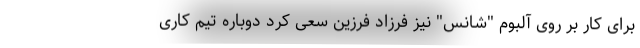
برای کار بر روی آلبوم "شانس" نیز فرزاد فرزین سعی کرد دوباره تیم کاری